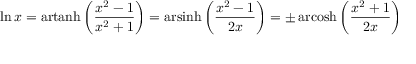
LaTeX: \ln x = \operatorname { a r t a n h } \left( { \frac { x ^ { 2 } - 1 } { x ^ { 2 } + 1 } } \right) = \operatorname { a r s i n h } \left( { \frac { x ^ { 2 } - 1 } { 2 x } } \right) = \pm \operatorname { a r c o s h } \left( { \frac { x ^ { 2 } + 1 } { 2 x } } \right)